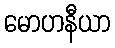
မောဟနီယာ